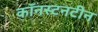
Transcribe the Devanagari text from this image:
कॉनस्टनटीन